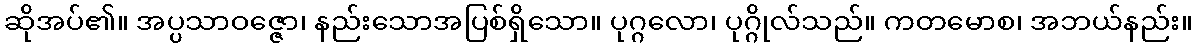
ဆိုအပ်၏။ အပ္ပသာဝဇ္ဇော၊ နည်းသောအပြစ်ရှိသော။ ပုဂ္ဂလော၊ ပုဂ္ဂိုလ်သည်။ ကတမောစ၊ အဘယ်နည်း။